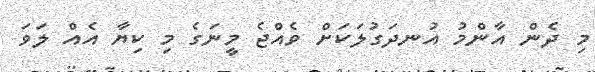
މި ދެން އާންމު އުނދަގުލަކަށް ވެއްޖެ މީނަގެ މި ކިޔާ އެއް ލަވަ